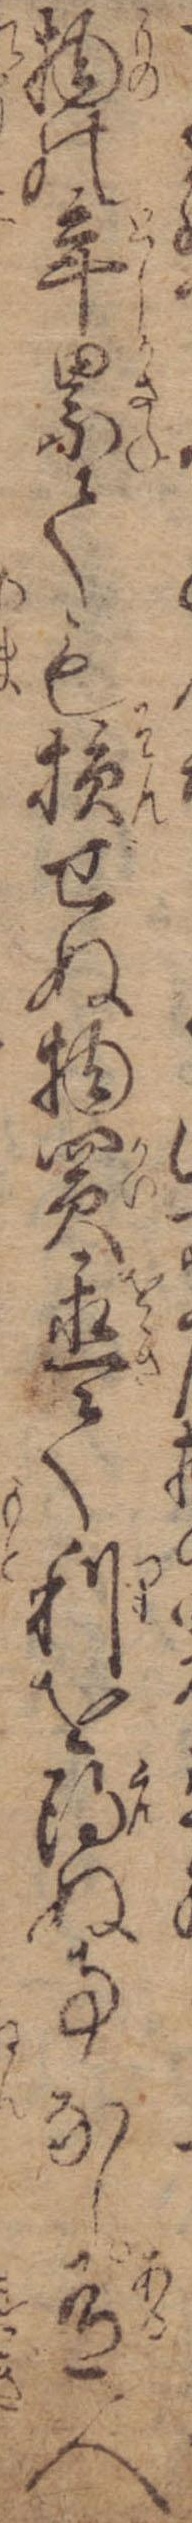
物の年累ても損ぜぬ物買置て利を得ぬ事なし有人